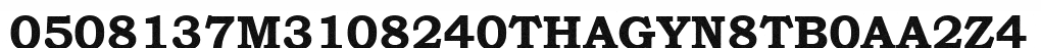
0508137M3108240THAGYN8TB0AA2Z4